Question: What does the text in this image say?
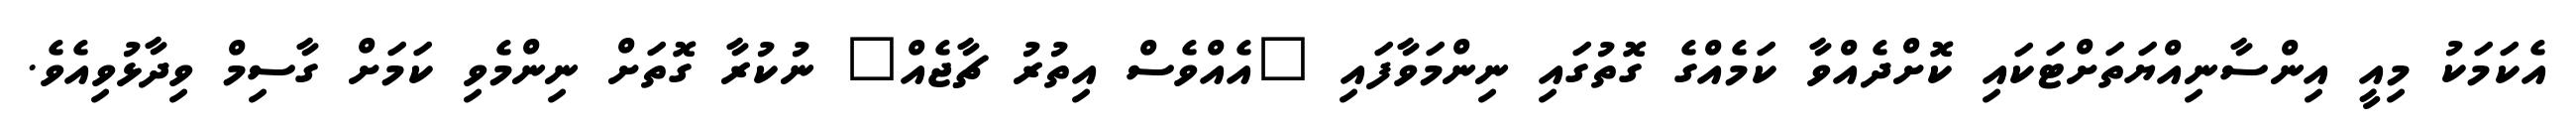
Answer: އެކަމަކު މިއީ އިންސާނިއްޔަތަށްޓަކައި ކޮށްދެއްވާ ކަމެއްގެ ގޮތުގައި ނިންމަވާފައި "އެއްވެސް އިތުރު ޗާޖެއް" ނުކުރާ ގޮތަށް ނިންމެވި ކަމަށް ގާސިމް ވިދާޅުވިއެވެ.